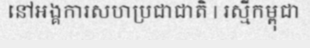
នៅអង្គការសហប្រជាជាតិ | រស្មីកម្ពុជា